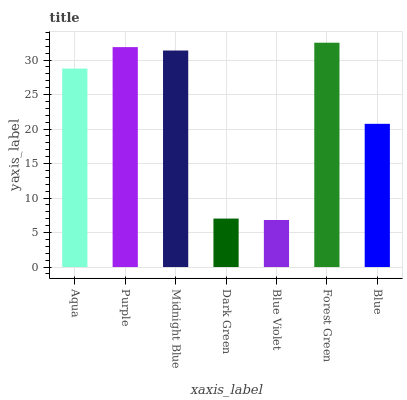
| xaxis_label | bars |
 | --- | --- |
 | Aqua | 28.8 |
 | Purple | 31.9 |
 | Midnight Blue | 31.4 |
 | Dark Green | 7.03 |
 | Blue Violet | 6.82 |
 | Forest Green | 32.5 |
 | Blue | 20.8 |